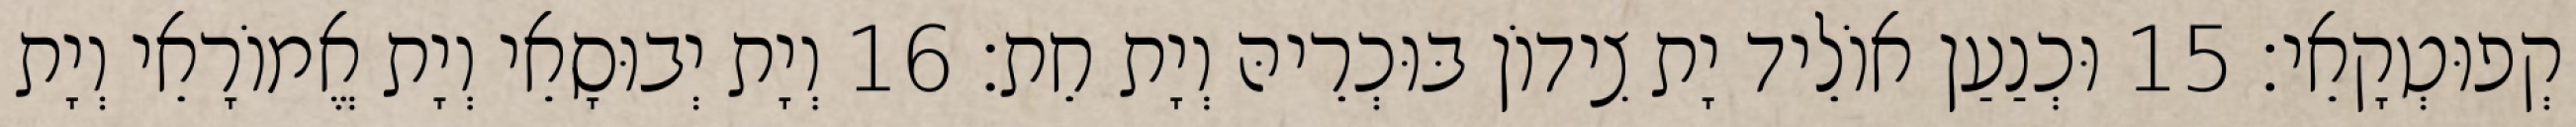
קְפוּטְקָאֵי׃ 15 וּכְנַעַן אוֹלֵיד יָת צִידוֹן בּוּכְרֵיהּ וְיָת חֵת׃ 16 וְיָת יְבוּסָאֵי וְיָת אֱמוֹרָאֵי וְיָת